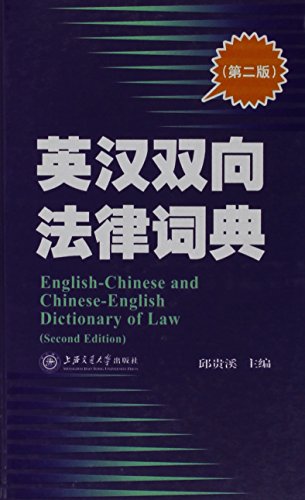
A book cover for English-Chinese Chinese-English Dictionary of Law (Chinese Edition); Shanghai Jiao Tong University Press; Law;